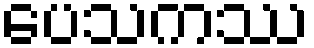
ပေသကဿ